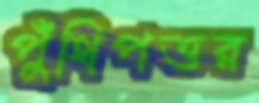
পুঁথিপত্তর